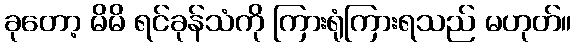
ခုတော့ မိမိ ရင်ခုန်သံကို ကြားရုံကြားရသည် မဟုတ်။